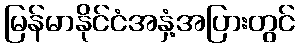
မြန်မာနိုင်ငံအနှံ့အပြားတွင်